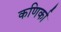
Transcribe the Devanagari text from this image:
कणिर्का